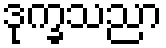
ဒုက္ခသညာ